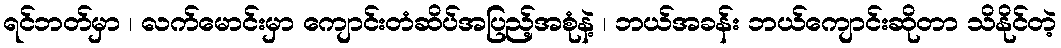
ရင်ဘတ်မှာ ၊ လက်မောင်းမှာ ကျောင်းတံဆိပ်အပြည့်အစုံနဲ့ ၊ ဘယ်အခန်း ဘယ်ကျောင်းဆိုတာ သိနိုင်တဲ့